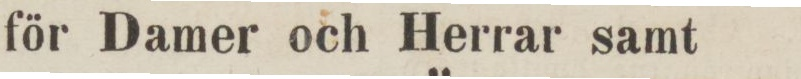
för Damer och Herrar samt